Annual report on the mental hospital in the Central Provinces and Berar (Nagpur) - 1927-1951
Year: 1927
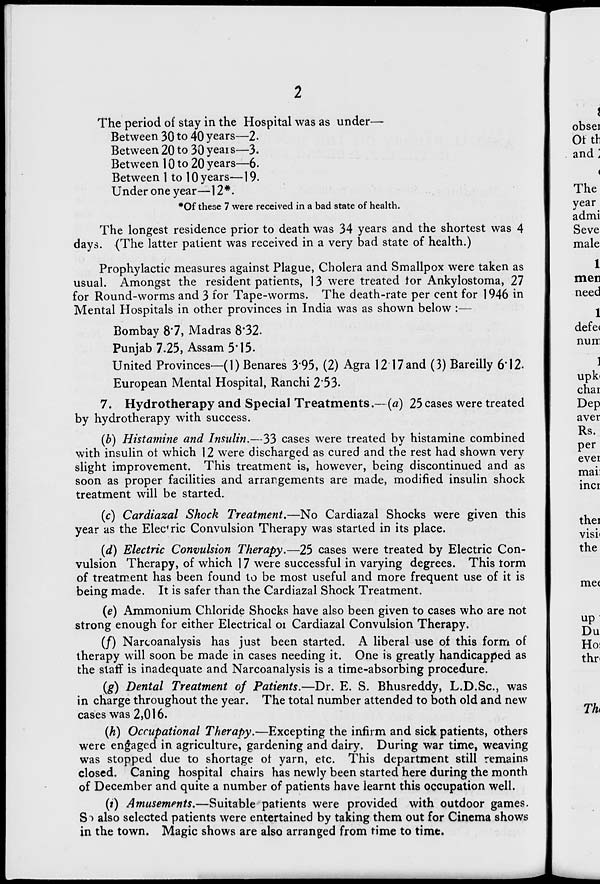
The period of stay in the Hospital was as under—
Between 30 to 40 years—2.
Between 20 to 30 yeais—3.
Between 10 to 20 years—6.
Between 1 to 10 years—19.
Under one year—12*.
*Of these 7 were received in a bad state of health.
The longest residence prior to death was 34 years and the shortest was 4
days. {The latter patient was received in a very bad state of health.)
Prophylactic measures against Plague, Cholera and Smallpox were taken as
usual. Amongst the resident patients, 13 were treated tor Ankylostoma, 27
for Round-worms and 3 for Tape-worms. The death-rate per cent for 1946 in
Mental Hospitals in other provinces in India was as shown below :—
Bombay 87, Madras 8*32.
Punjab 7.25, Assam 5*15.
United Provinces—(1) Benares 395, (2) Agra 12 17and (3) Bareilly 6*12.
European Mental Hospital, Ranchi 2*53.
7. Hydrotherapy and Special Treatments.— (a) 25 cases were treated
by hydrotherapy with success.
(6) Histamine and Insulin.—33 cases were treated by histamine combined
with insulin ot which 12 were discharged as cured and the rest had shown very
slight improvement. This treatment is, however, being discontinued and as
soon as proper facilities and arrangements are made, modified insulin shock
treatment will be started.
(c) Cardiazal Shock Treatment.—No Cardiazal Shocks were given this
year as the Electric Convulsion Therapy was started in its place.
(d) Electric Convulsion Therapy.—25 cases were treated by Electric Con-
vulsion Therapy, of which 17 were successful in varying degrees. This torm
of treatment has been found to be most useful and more frequent use of it is
being made. It is safer than the Cardiazal Shock Treatment.
(e) Ammonium Chloride Shocks have also been given to cases who are not
strong enough for either Electrical oi Cardiazal Convulsion Therapy.
(/) Narcoanalysis has just been started. A liberal use of this form of
therapy will soon be made in cases needing it. One is greatly handicapped as
the staff is inadequate and Narcoanalysis is a time-absorbing procedure.
(g) Dental Treatment of Patients.—Dr. E. S. Bhusreddy, L.D.Sc, was
in charge throughout the year. The total number attended to both old and new
cases was 2,016.
(h) Occupational Therapy.—Excepting the infirm and sick patients, others
were engaged in agriculture, gardening and dairy. During war time, weaving
was stopped due to shortage ot yarn, etc. This department still remains
closed. Caning hospital chairs has newly been started here during the month
of December and quite a number of patients have learnt this occupation well.
(i) Amusements.—Suitable patients were provided with outdoor games.
S~> also selected patients were entertained by taking them out for Cinema shows
in the town. Magic shows are also arranged from time to time.